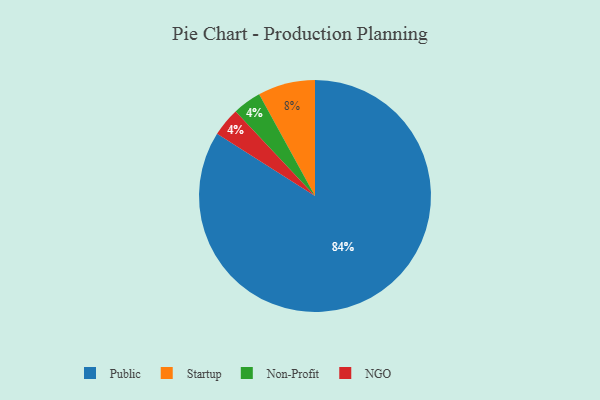
{"axis": {"x": "Category", "y": "Percentage"}, "legend": ["NGO", "Non-Profit", "Public", "Startup"], "data": [{"x": "Public", "y": 84, "type": "Public"}, {"x": "Non-Profit", "y": 4, "type": "Non-Profit"}, {"x": "Startup", "y": 8, "type": "Startup"}, {"x": "NGO", "y": 4, "type": "NGO"}]}